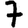
Digit: 7